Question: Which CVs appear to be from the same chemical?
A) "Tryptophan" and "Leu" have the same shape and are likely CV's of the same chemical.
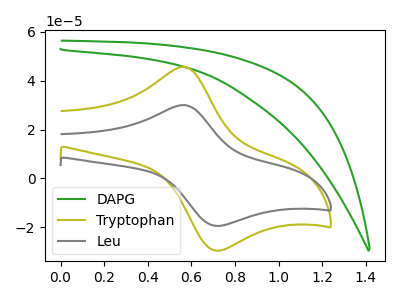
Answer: <think>The green curve "DAPG" has no peaks. The olive curve "Tryptophan" has an anodic peak at (0.55V, 45.70uA) and a cathodic peak at (0.70V, -29.45uA). The gray curve "Leu" has an anodic peak at (0.55V, 30.05uA) and a cathodic peak at (0.70V, -19.40uA).
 "DAPG" and "Tryptophan" have a different number of peaks. "DAPG" and "Leu" have a different number of peaks. All the peaks in "Tryptophan" have a peak in "Leu" at the same potential. Every peak in "Tryptophan" is higher than every peak in "Leu".</think>
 <answer>A) "Tryptophan" and "Leu" have the same shape and are likely CV's of the same chemical.</answer>
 <eval>A</eval>